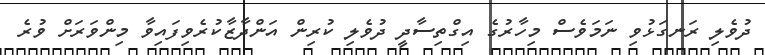
ދުވެލި ރަނގަޅުވި ނަމަވެސް މިހާރުގެ އިގްތިސާދީ ދުވެލި ކުރިން އަންދާޒާކުރެވިފައިވާ މިންވަރަށް ވުރެ